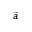
\vec { a }